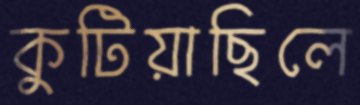
কুটিয়াছিলে